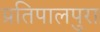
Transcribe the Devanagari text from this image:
प्रतिपालपुरा